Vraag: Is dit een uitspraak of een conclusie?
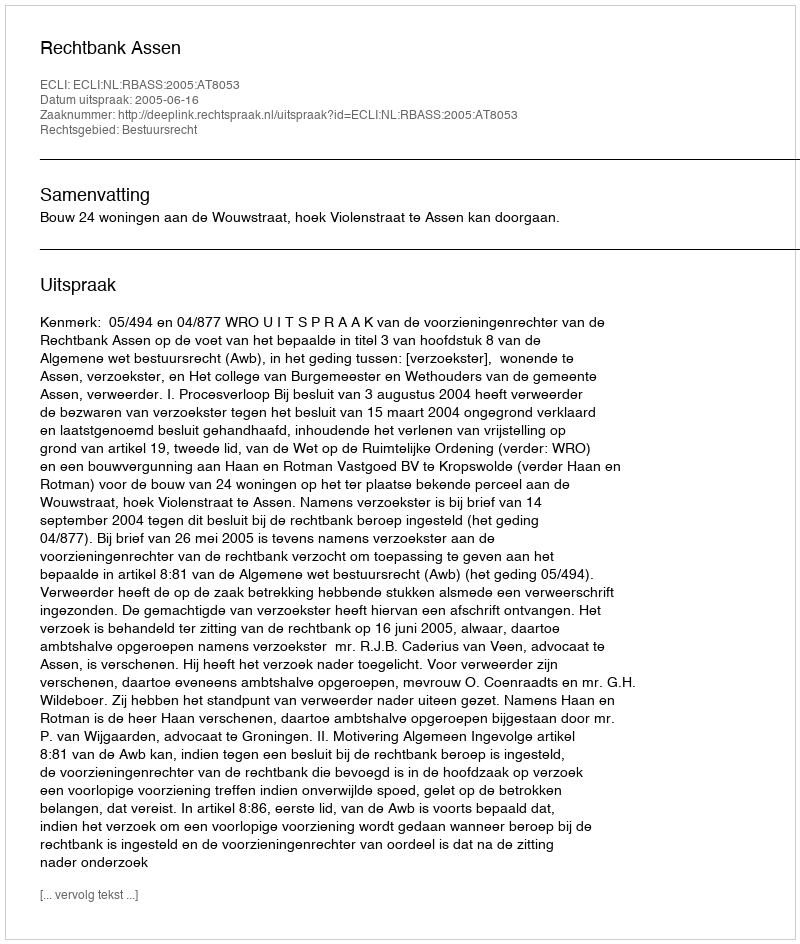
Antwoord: Uitspraak